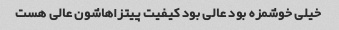
خیلی خوشمزه بود عالی بود کیفیت پیتزاهاشون عالی هست